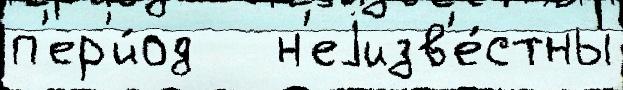
п'ер'и́од   н'еjизв'е́стны